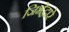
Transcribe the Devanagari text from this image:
जिभेद्वारे